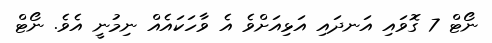
ނޯޓް 7 ގޮވައި އަނދައި އަޅިއަށްވެ އެ ވާހަކައެއް ނިމުނީ އެވެ. ނޯޓް